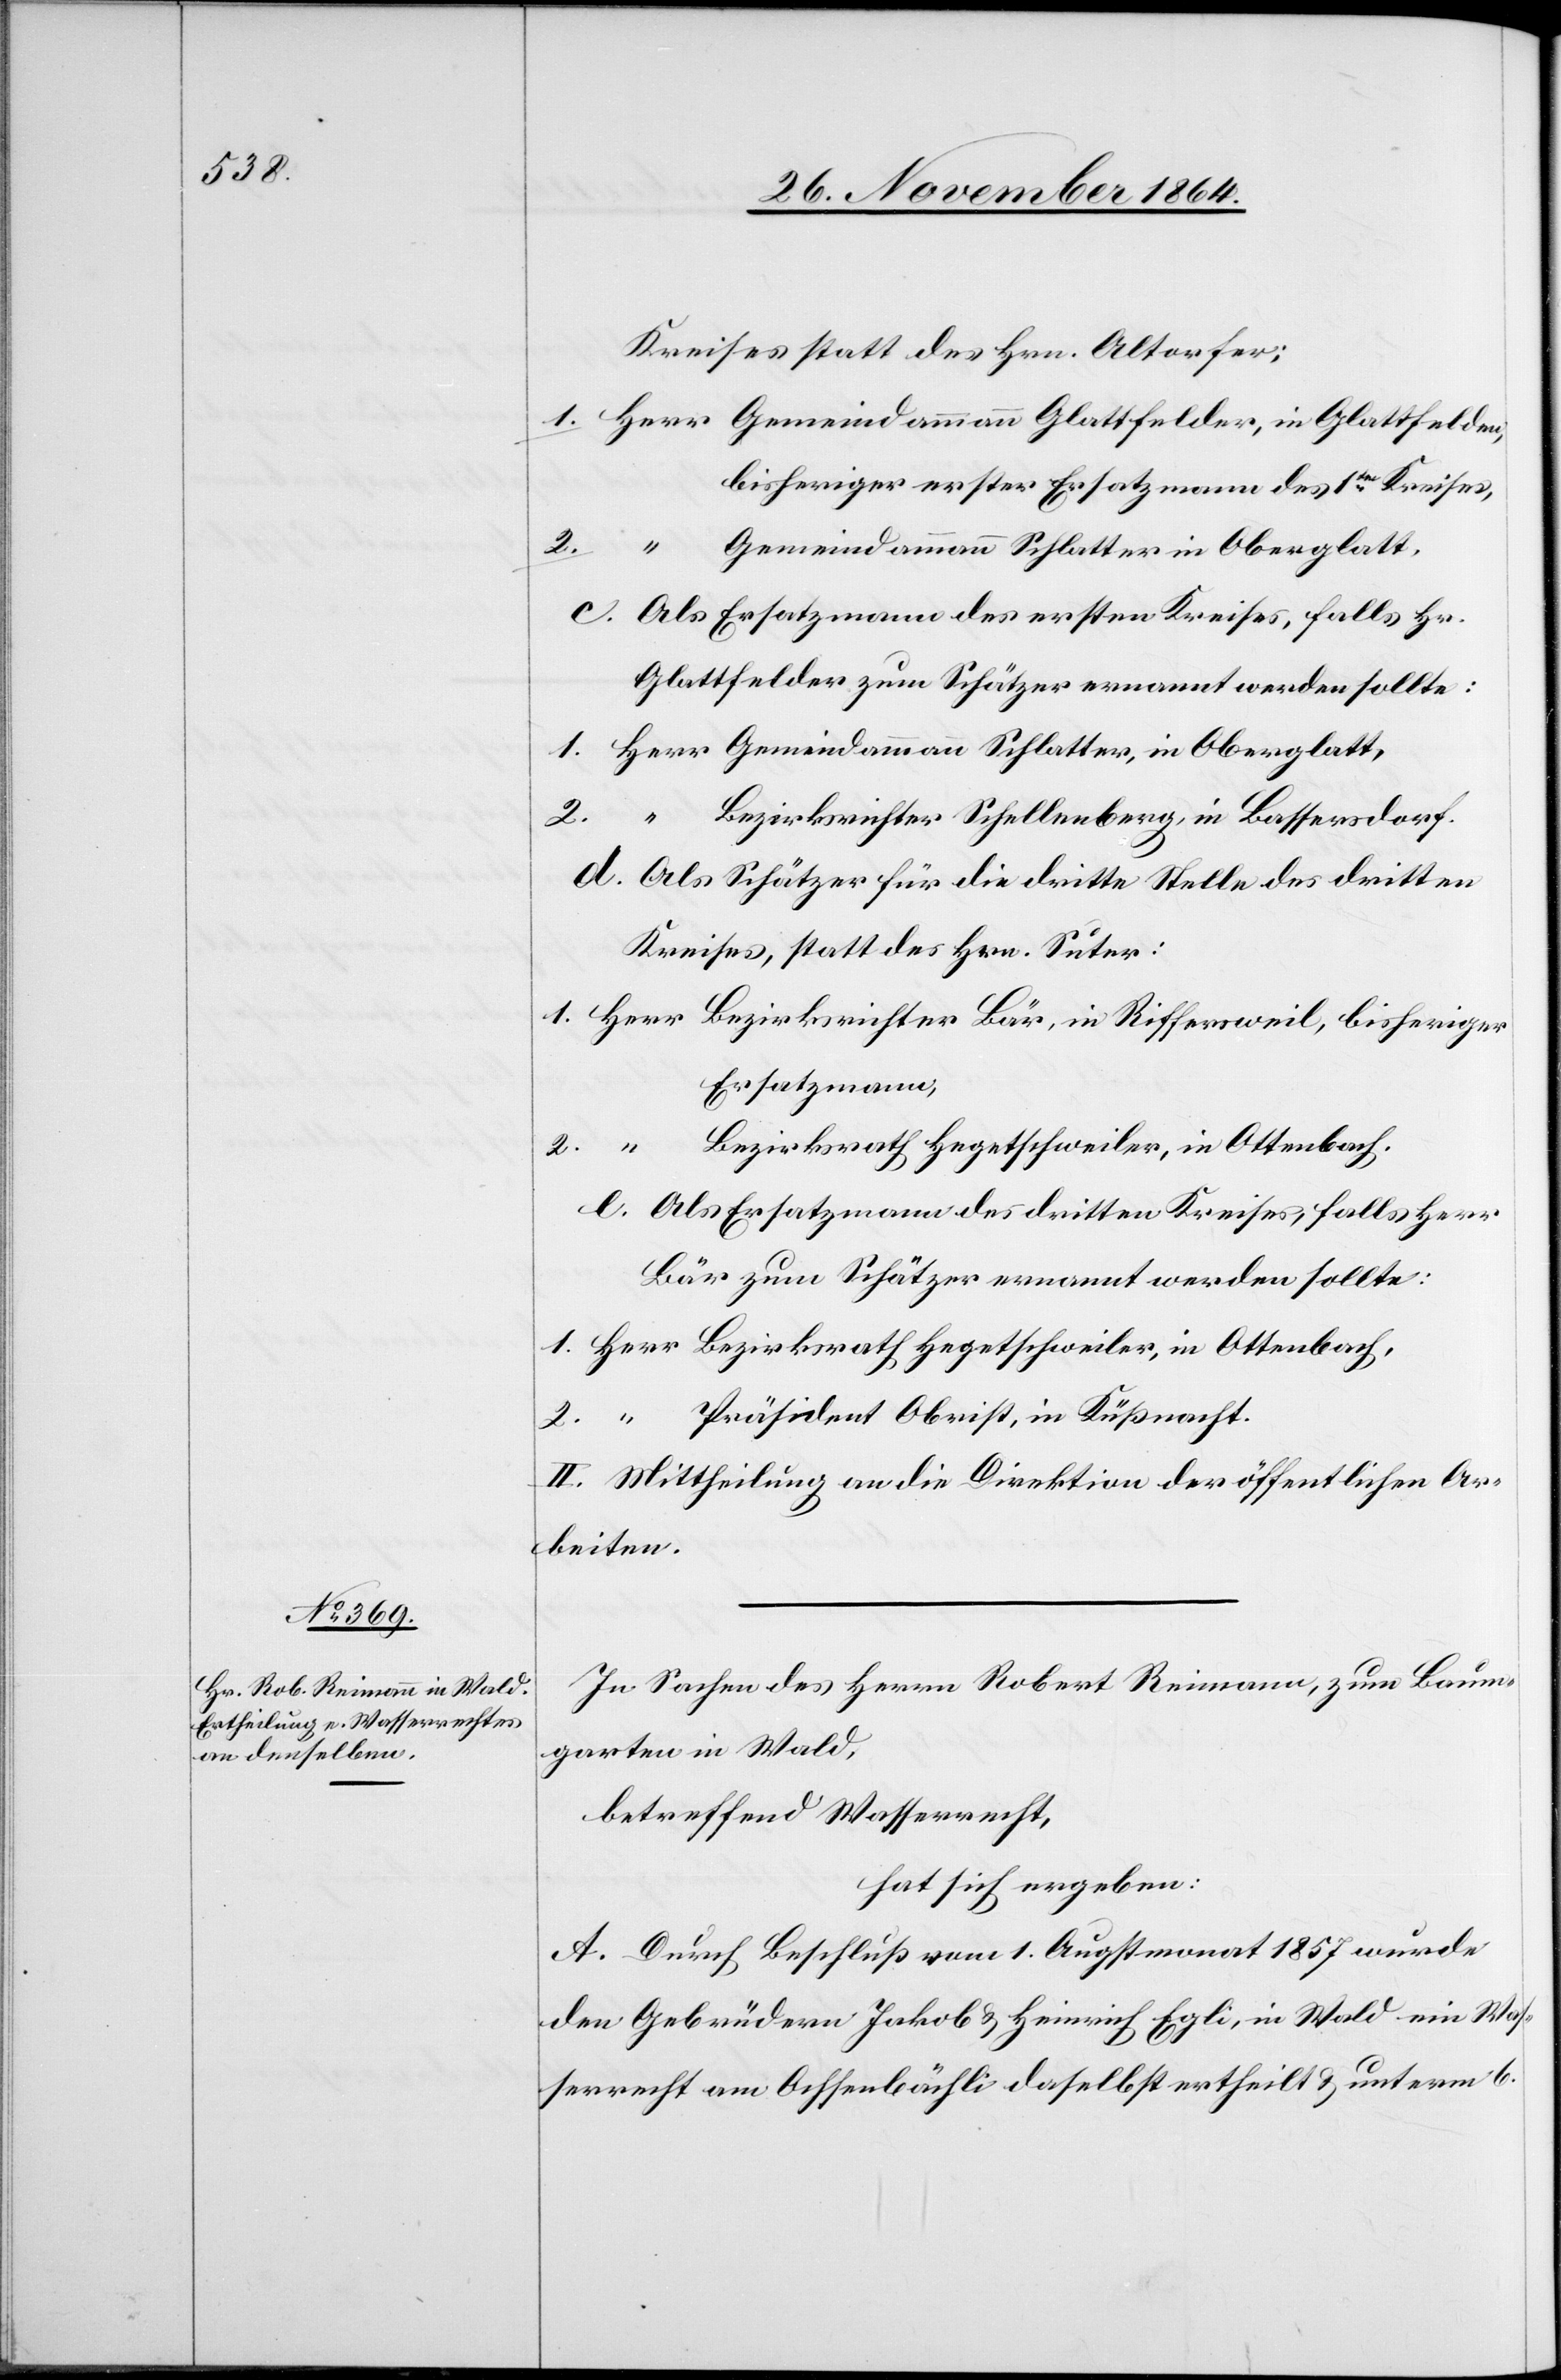
Kreises statt des Hrn. Altorfer,
1. Herr Gemeindammann Glattfelder, in Glattfelden,
bisheriger erster Ersatzmann des 1ten Kreises,
2.
Gemeindammann Schlatter in Oberglatt.
c. Als Ersatzmann des ersten Kreises, falls Hr.
Glattfelder zum Schätzer ernannt werden sollte:
1. Herr Gemeindammann Schlatter, in Oberglatt,
“ Bezirksrichter Schellenberg, in Bassersdorf.
2.
d. Als Schätzer für die dritte Stelle des dritten
Kreises, statt des Hrn. Suter:
1. Herr Bezirksrichter Bär, in Riffersweil, bisheriger
Ersatzmann,
Bezirksrath Hegetschweiler, in Ottenbach.
e. Als Ersatzmann des dritten Kreises falls Herr
Bär zum Schätzer ernannt werden sollte:
1. Herr Bezirksrath Hegetschweiler, in Ottenbach,
Präsident Obrist, in Küßnacht.
2. “
II. Mittheilung an die Direktion der öffentlichen Ar¬
beiten.
In Sachen des Herrn Robert Reimann, zum Baum¬
garten in Wald,
betreffend Wasserrecht,
hat sich ergeben:
A. Durch Beschluß vom 1. Augstmonat 1857 wurde
den Gebrüdern Jakob & Heinrich Egli, in Wald ein Was¬
serrecht am Ochsenbächli daselbst ertheilt & unterm 6.